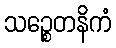
သဉ္စေတနိကံ